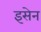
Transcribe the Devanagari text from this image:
इसेन